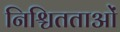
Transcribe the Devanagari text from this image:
निश्चितताओं